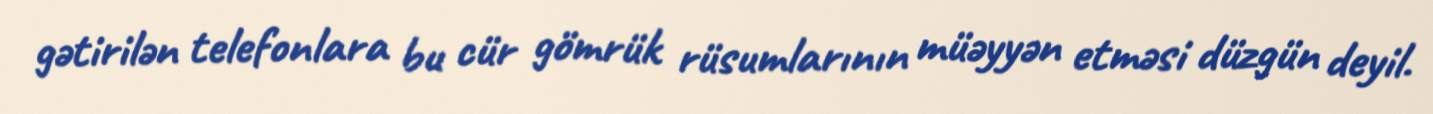
gətirilən telefonlara bu cür gömrük rüsumlarının müəyyən etməsi düzgün deyil.